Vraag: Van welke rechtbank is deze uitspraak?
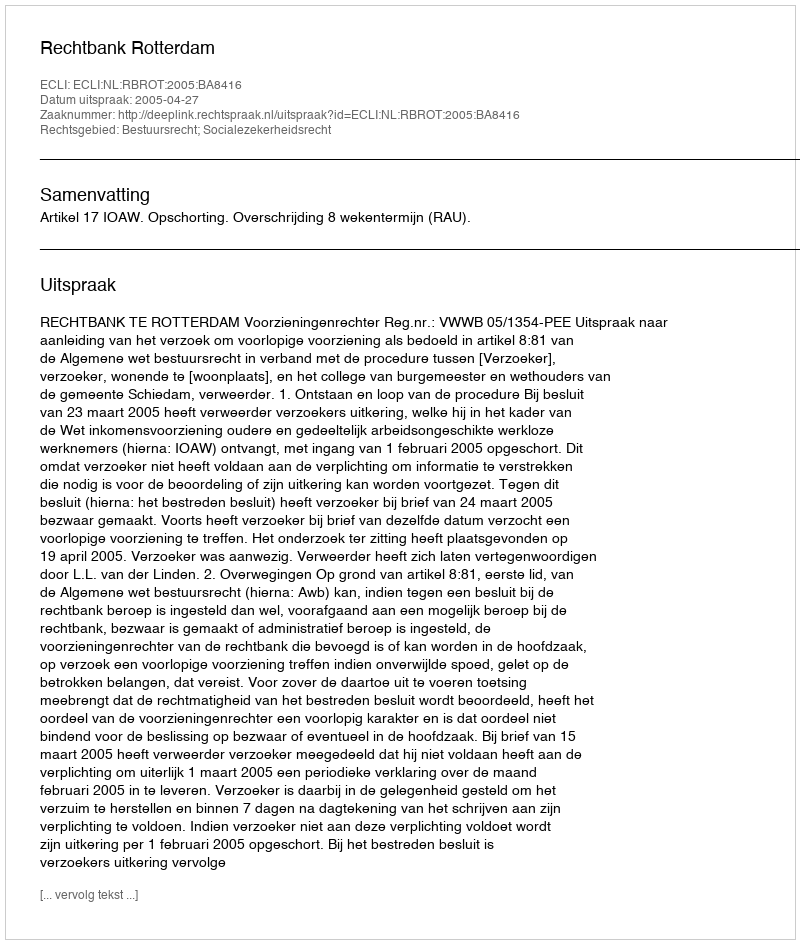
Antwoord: Rechtbank Rotterdam